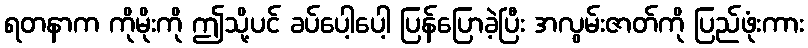
ရတနာက ကိုမိုးကို ဤသို့ပင် ခပ်ပေါ့ပေါ့ ပြန်ပြောခဲ့ပြီး အလွမ်းဇာတ်ကို ပြည်ဖုံးကား